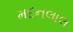
મદનલાલ